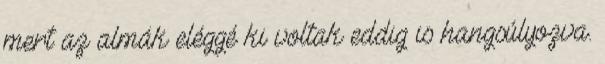
mert az almák eléggé ki voltak eddig is hangsúlyozva.